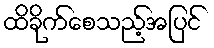
ထိခိုက်စေသည့်အပြင်